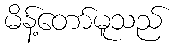
မိန့်တော်မူသည်